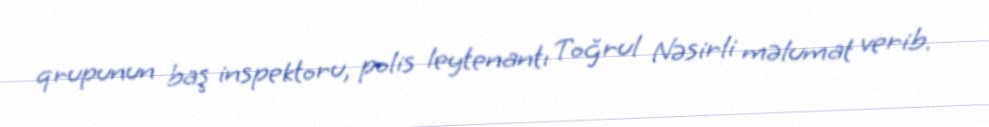
qrupunun baş inspektoru, polis leytenantı Toğrul Nəsirli məlumat verib.